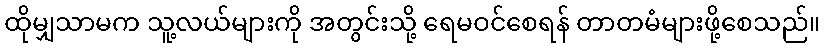
ထိုမျှသာမက သူ့လယ်များကို အတွင်းသို့ ရေမဝင်စေရန် တာတမံများဖို့စေသည်။